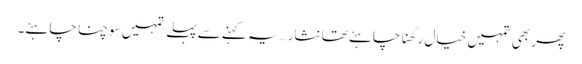
پھر بھی تمہیں خیال رکھنا چاہئے تھا نثار…یہ کہنے سے پہلے تمہیں سوچنا چاہئے۔